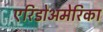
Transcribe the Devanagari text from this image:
एरिडोअमेरिका